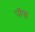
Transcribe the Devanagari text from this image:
पॉपा